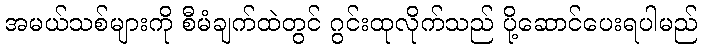
အမယ်သစ်များကို စီမံချက်ထဲတွင် ဂွင်းထုလိုက်သည် ပို့ဆောင်ပေးရပါမည်